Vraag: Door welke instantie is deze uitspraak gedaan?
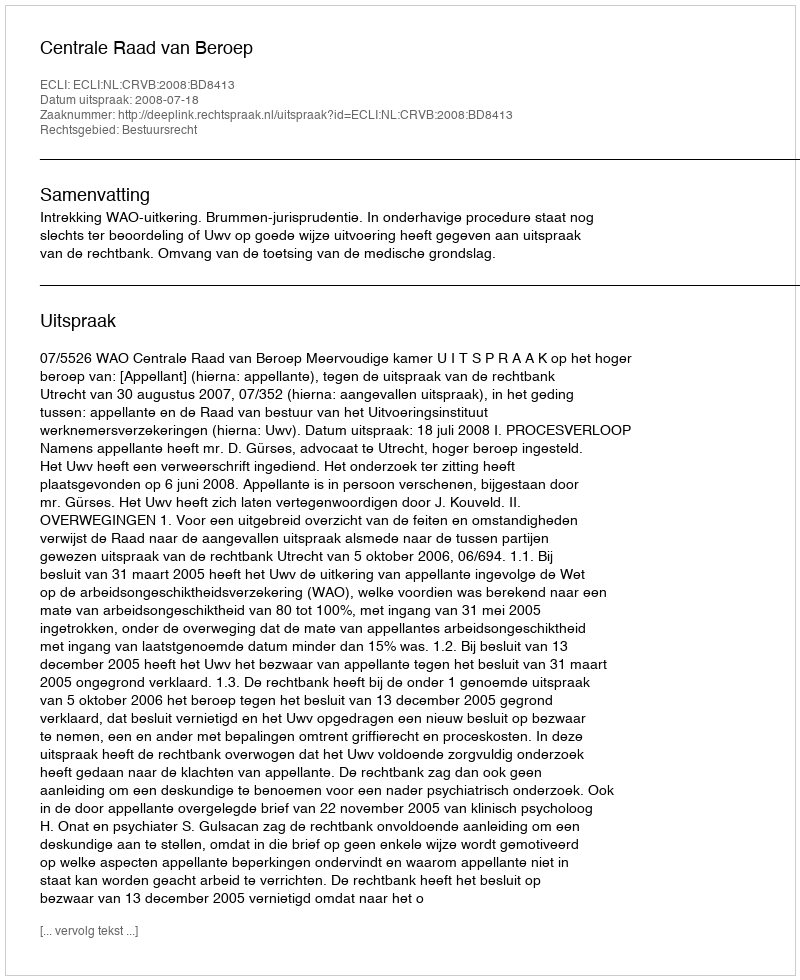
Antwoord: Centrale Raad van Beroep